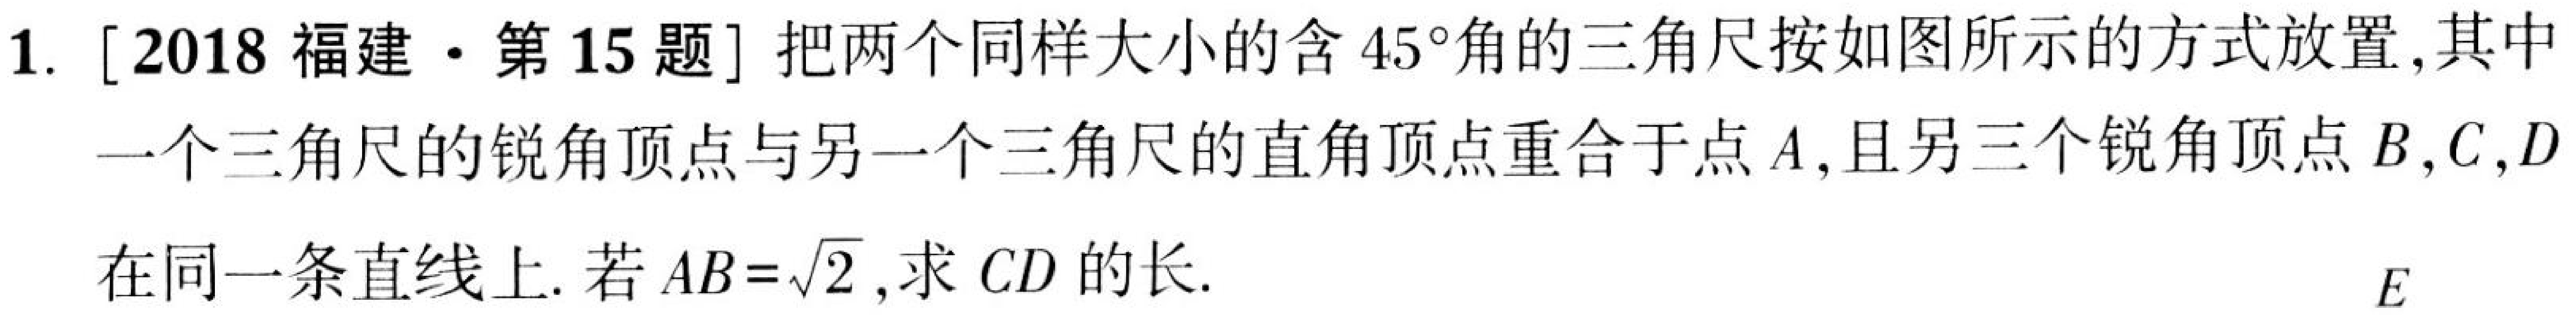
1. [2018福建·第15题] 把两个同样大小的含\(45^{\circ}\)角的三角尺按如图所示的方式放置,其中
一个三角尺的锐角顶点与另一个三角尺的直角顶点重合于点\(A\),且另三个锐角顶点\(B,C,D\)
在同一条直线上. 若\(AB = \sqrt{2}\),求\(CD\)的长.